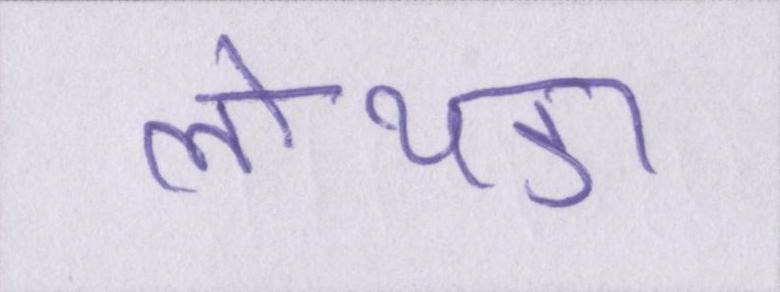
लोथडा